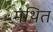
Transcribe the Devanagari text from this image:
मंथित